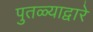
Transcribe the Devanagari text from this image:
पुतळ्याद्वारे